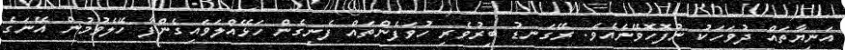
އަނިޔާތައް ދުވަހަކު ނުފޮހޮވޭނެއެވެ. ރޭގަނޑު ބިރުވެރި ހުވަފެންތައް ފެނިގެން ހަޅޭއްލަވައިގެންފާ ހޭލެވުމުން އޭނަގެ